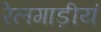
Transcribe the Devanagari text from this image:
रेलगाड़ीयं